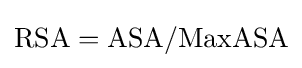
{\text{RSA}}={\text{ASA}}/{\text{MaxASA}}